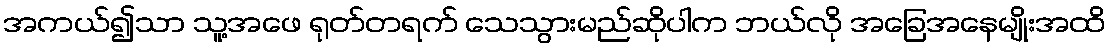
အကယ်၍သာ သူ့အဖေ ရုတ်တရက် သေသွားမည်ဆိုပါက ဘယ်လို အခြေအနေမျိုးအထိ